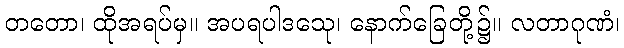
တတော၊ ထိုအရပ်မှ။ အပရပါဒသေု၊ နောက်ခြေတို့၌။ လတာဂုဏံ၊